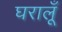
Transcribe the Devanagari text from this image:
घरालूँ